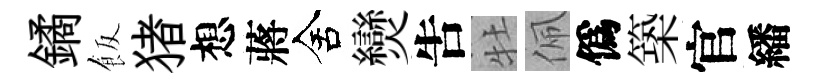
鐍飯猪想蔣舍𤓖吿牡佩僞築官繙